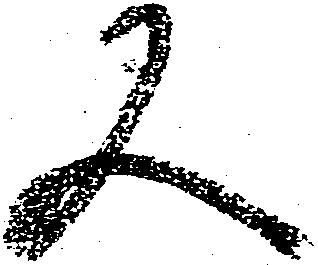
又